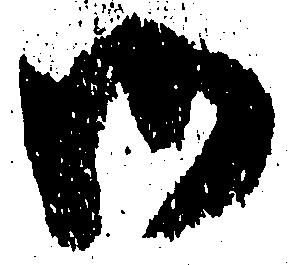
御